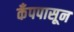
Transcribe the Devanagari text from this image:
कँपपासून